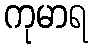
ကုမာရ